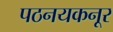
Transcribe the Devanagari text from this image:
पठनयकनूर